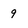
Character: 9